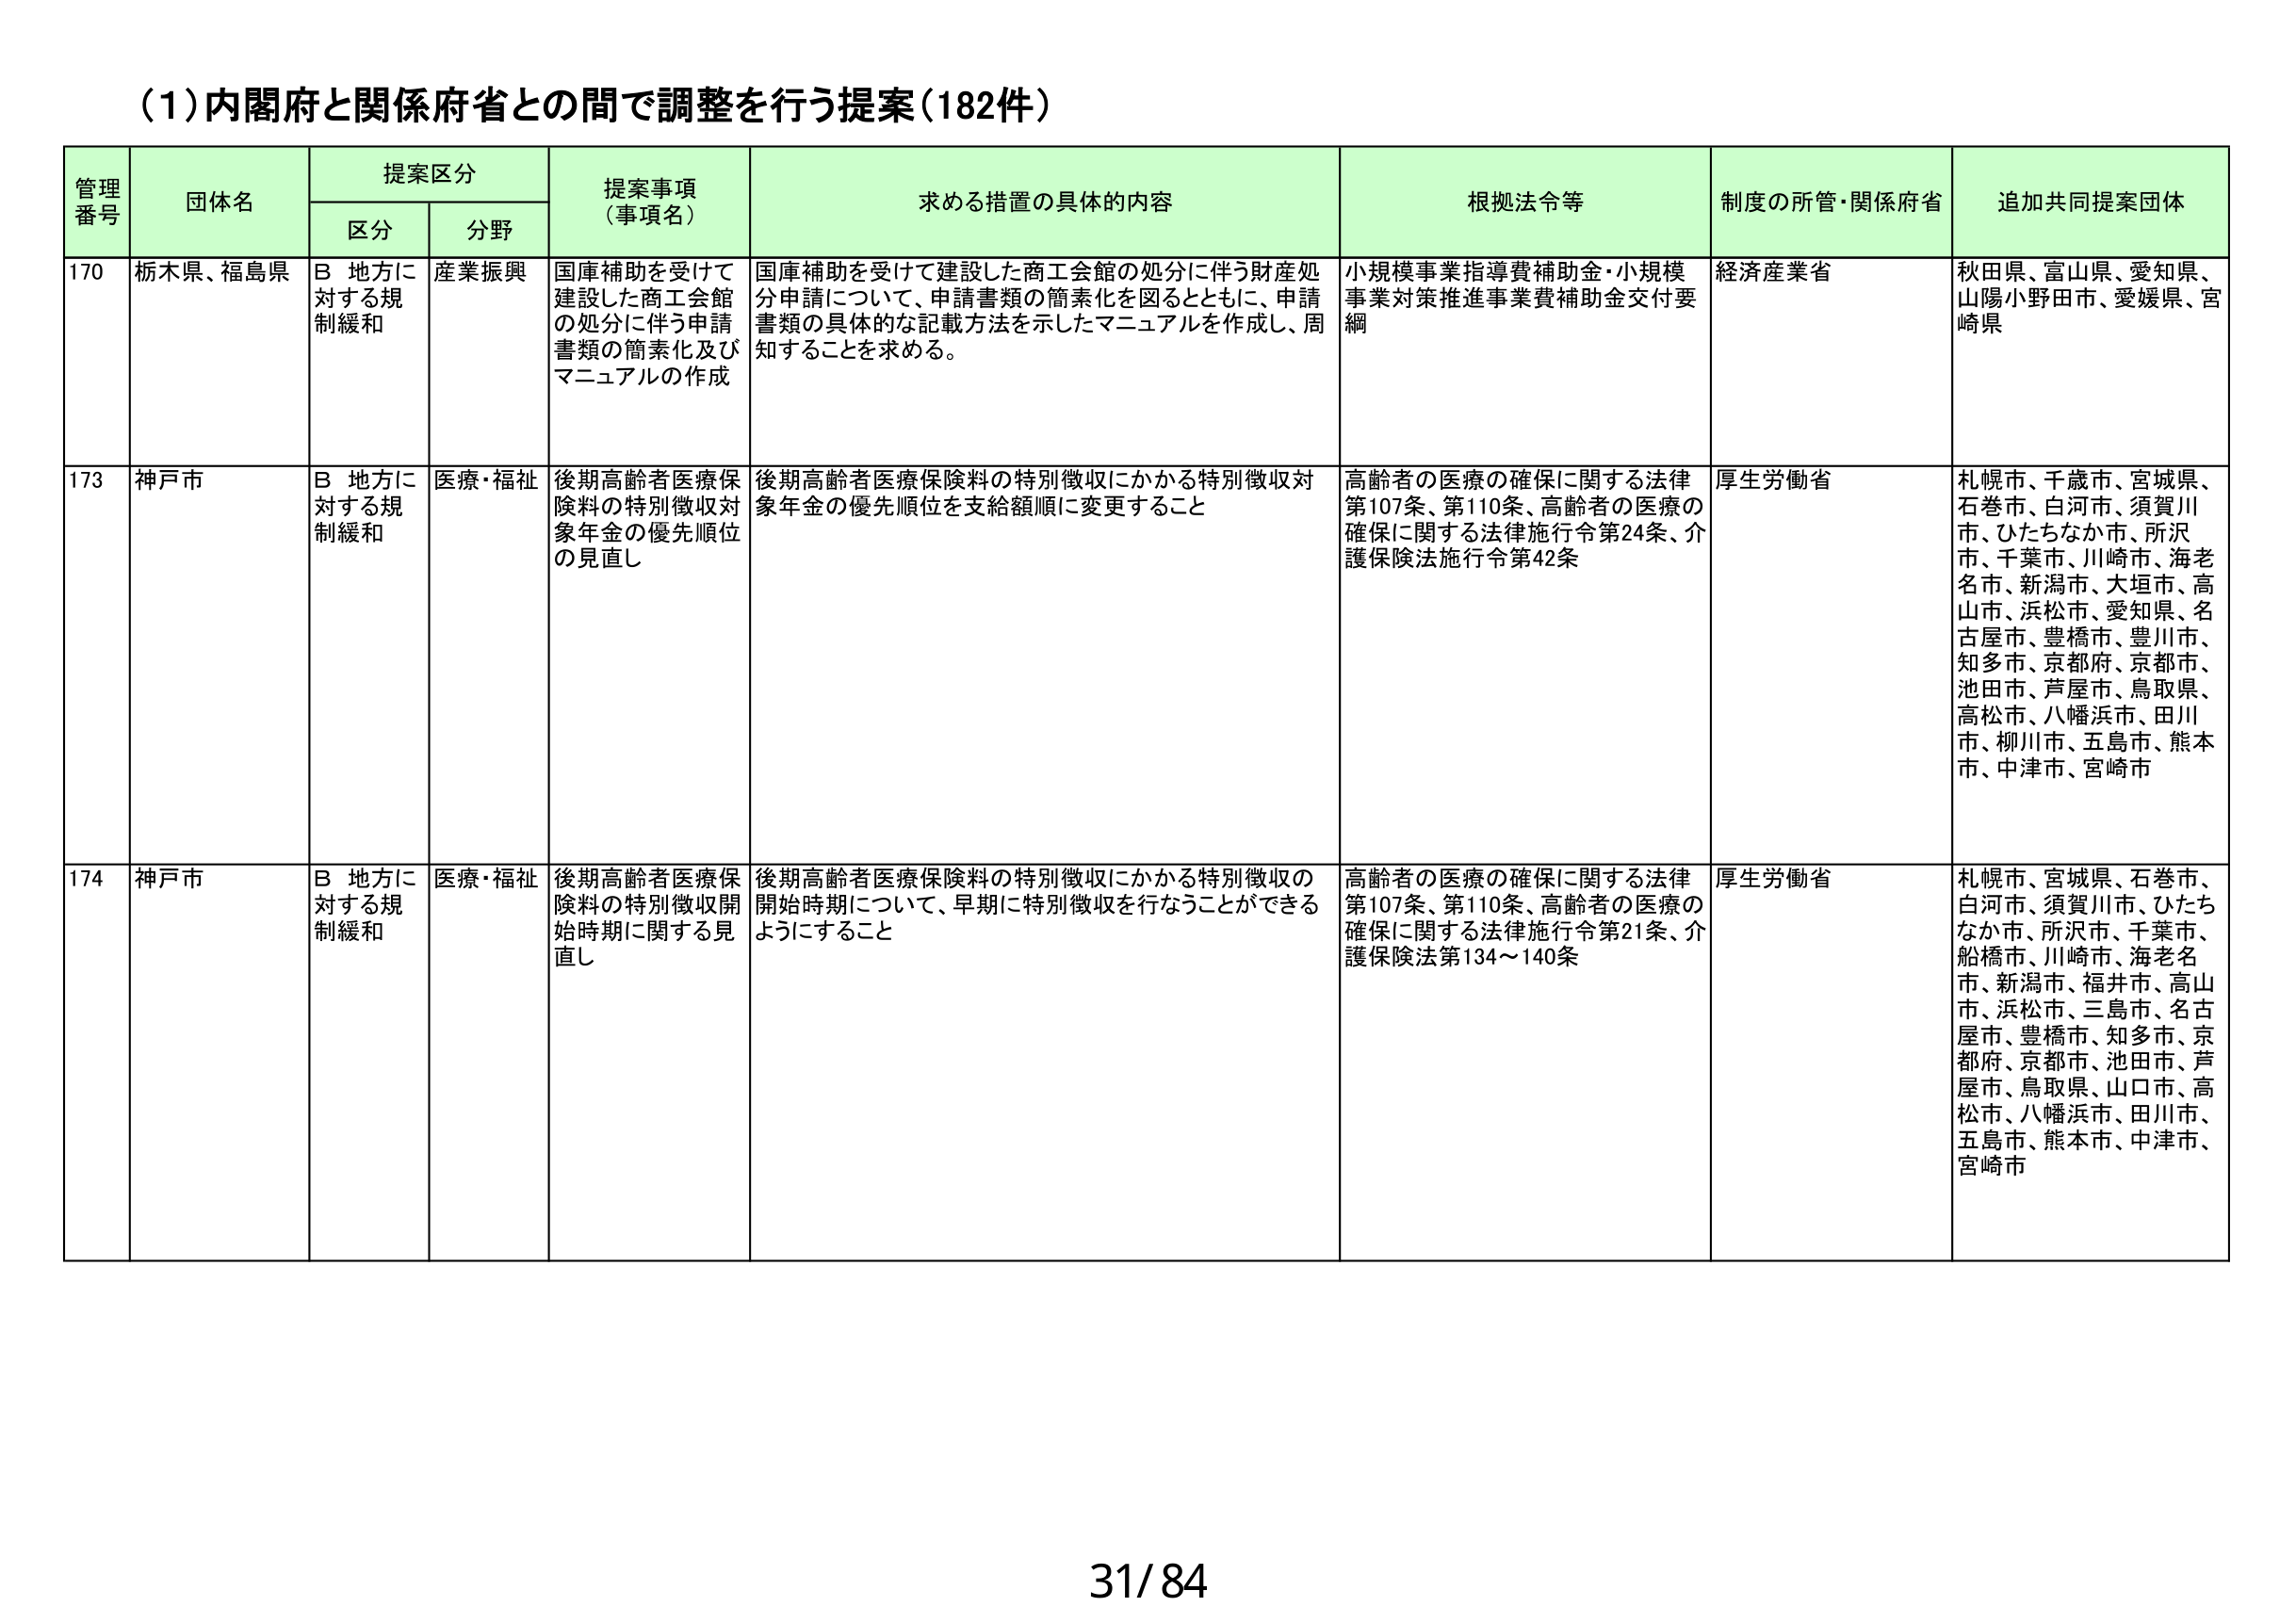
(1)内閣府と関係府省との間で調整を行う提案(182件)

管理番号 団体名 提案区分 提案事項（事項名） 求める措置の具体的内容 根拠法令等 制度の所管・関係府省 追加共同提案団体
区分 分野

170 栃木県、福島県 B 地方に対する規制緩和 産業振興 国庫補助を受けて建設した商工会館の処分に伴う申請書類の簡素化及びマニュアルの作成 国庫補助を受けて建設した商工会館の処分に伴う財産処分申請について、申請書類の簡素化を図るとともに、申請書類の具体的な記載方法を示したマニュアルを作成し、周知することを求める。 小規模事業指導費補助金・小規模事業対策推進事業費補助金交付要綱 経済産業省 秋田県、富山県、愛知県、山陽小野田市、愛媛県、宮崎県

173 神戸市 B 地方に対する規制緩和 医療・福祉 後期高齢者医療保険料の特別徴収対象年金の優先順位の見直し 後期高齢者医療保険料の特別徴収にかかる特別徴収対象年金の優先順位を支給額順に変更すること 高齢者の医療の確保に関する法律第107条、第110条、高齢者の医療の確保に関する法律施行令第24条、介護保険法施行令第42条 厚生労働省 札幌市、千歳市、宮城県、石巻市、白河市、須賀川市、ひたちなか市、所沢市、千葉市、川崎市、海老名市、新潟市、大垣市、高山市、浜松市、愛知県、名古屋市、豊橋市、豊川市、知多市、京都府、京都市、池田市、芦屋市、鳥取県、高松市、八幡浜市、田川市、柳川市、五島市、熊本市、中津市、宮崎市

174 神戸市 B 地方に対する規制緩和 医療・福祉 後期高齢者医療保険料の特別徴収開始時期に関する見直し 後期高齢者医療保険料の特別徴収にかかる特別徴収の開始時期について、早期に特別徴収を行なうことができるようにすること 高齢者の医療の確保に関する法律第107条、第110条、高齢者の医療の確保に関する法律施行令第21条、介護保険法第134～140条 厚生労働省 札幌市、宮城県、石巻市、白河市、須賀川市、ひたちなか市、所沢市、千葉市、船橋市、川崎市、海老名市、新潟市、福井市、高山市、浜松市、三島市、名古屋市、豊橋市、知多市、京都府、京都市、池田市、芦屋市、鳥取県、山口市、高松市、八幡浜市、田川市、五島市、熊本市、中津市、宮崎市

31/84